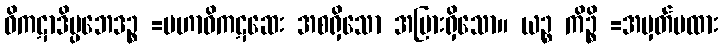
ဝိကဋာဒိပ္ပဘေဒဉ္စ =မဟာဝိကဋဆေး အစရှိသော အပြားရှိသော။ ယဉ္စ ကိဉ္စိ =အမှတ်မထား